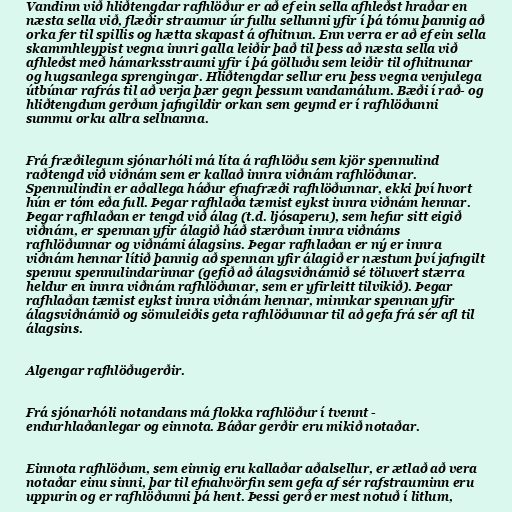
Vandinn við hliðtengdar rafhlöður er að ef ein sella afhleðst hraðar en
næsta sella við, flæðir straumur úr fullu sellunni yfir í þá tómu þannig að
orka fer til spillis og hætta skapast á ofhitnun. Enn verra er að ef ein sella
skammhleypist vegna innri galla leiðir það til þess að næsta sella við
afhleðst með hámarksstraumi yfir í þá gölluðu sem leiðir til ofhitnunar
og hugsanlega sprengingar. Hliðtengdar sellur eru þess vegna venjulega
útbúnar rafrás til að verja þær gegn þessum vandamálum. Bæði í rað- og
hliðtengdum gerðum jafngildir orkan sem geymd er í rafhlöðunni
summu orku allra sellnanna.

Frá fræðilegum sjónarhóli má líta á rafhlöðu sem kjör spennulind
raðtengd við viðnám sem er kallað innra viðnám rafhlöðunar.
Spennulindin er aðallega háður efnafræði rafhlöðunnar, ekki því hvort
hún er tóm eða full. Þegar rafhlaða tæmist eykst innra viðnám hennar.
Þegar rafhlaðan er tengd við álag (t.d. ljósaperu), sem hefur sitt eigið
viðnám, er spennan yfir álagið háð stærðum innra viðnáms
rafhlöðunnar og viðnámi álagsins. Þegar rafhlaðan er ný er innra
viðnám hennar lítið þannig að spennan yfir álagið er næstum því jafngilt
spennu spennulindarinnar (gefið að álagsviðnámið sé töluvert stærra
heldur en innra viðnám rafhlöðunar, sem er yfirleitt tilvikið). Þegar
rafhlaðan tæmist eykst innra viðnám hennar, minnkar spennan yfir
álagsviðnámið og sömuleiðis geta rafhlöðunnar til að gefa frá sér afl til
álagsins.

Algengar rafhlöðugerðir.

Frá sjónarhóli notandans má flokka rafhlöður í tvennt -
endurhlaðanlegar og einnota. Báðar gerðir eru mikið notaðar.

Einnota rafhlöðum, sem einnig eru kallaðar aðalsellur, er ætlað að vera
notaðar einu sinni, þar til efnahvörfin sem gefa af sér rafstrauminn eru
uppurin og er rafhlöðunni þá hent. Þessi gerð er mest notuð í litlum,